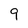
Character: 9